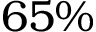
6 5 \%